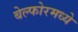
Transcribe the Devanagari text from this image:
बेल्फोरमध्ये